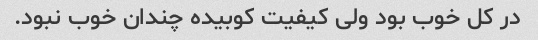
در کل خوب بود ولی کیفیت کوبیده چندان خوب نبود.